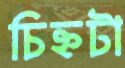
চিহ্নটা